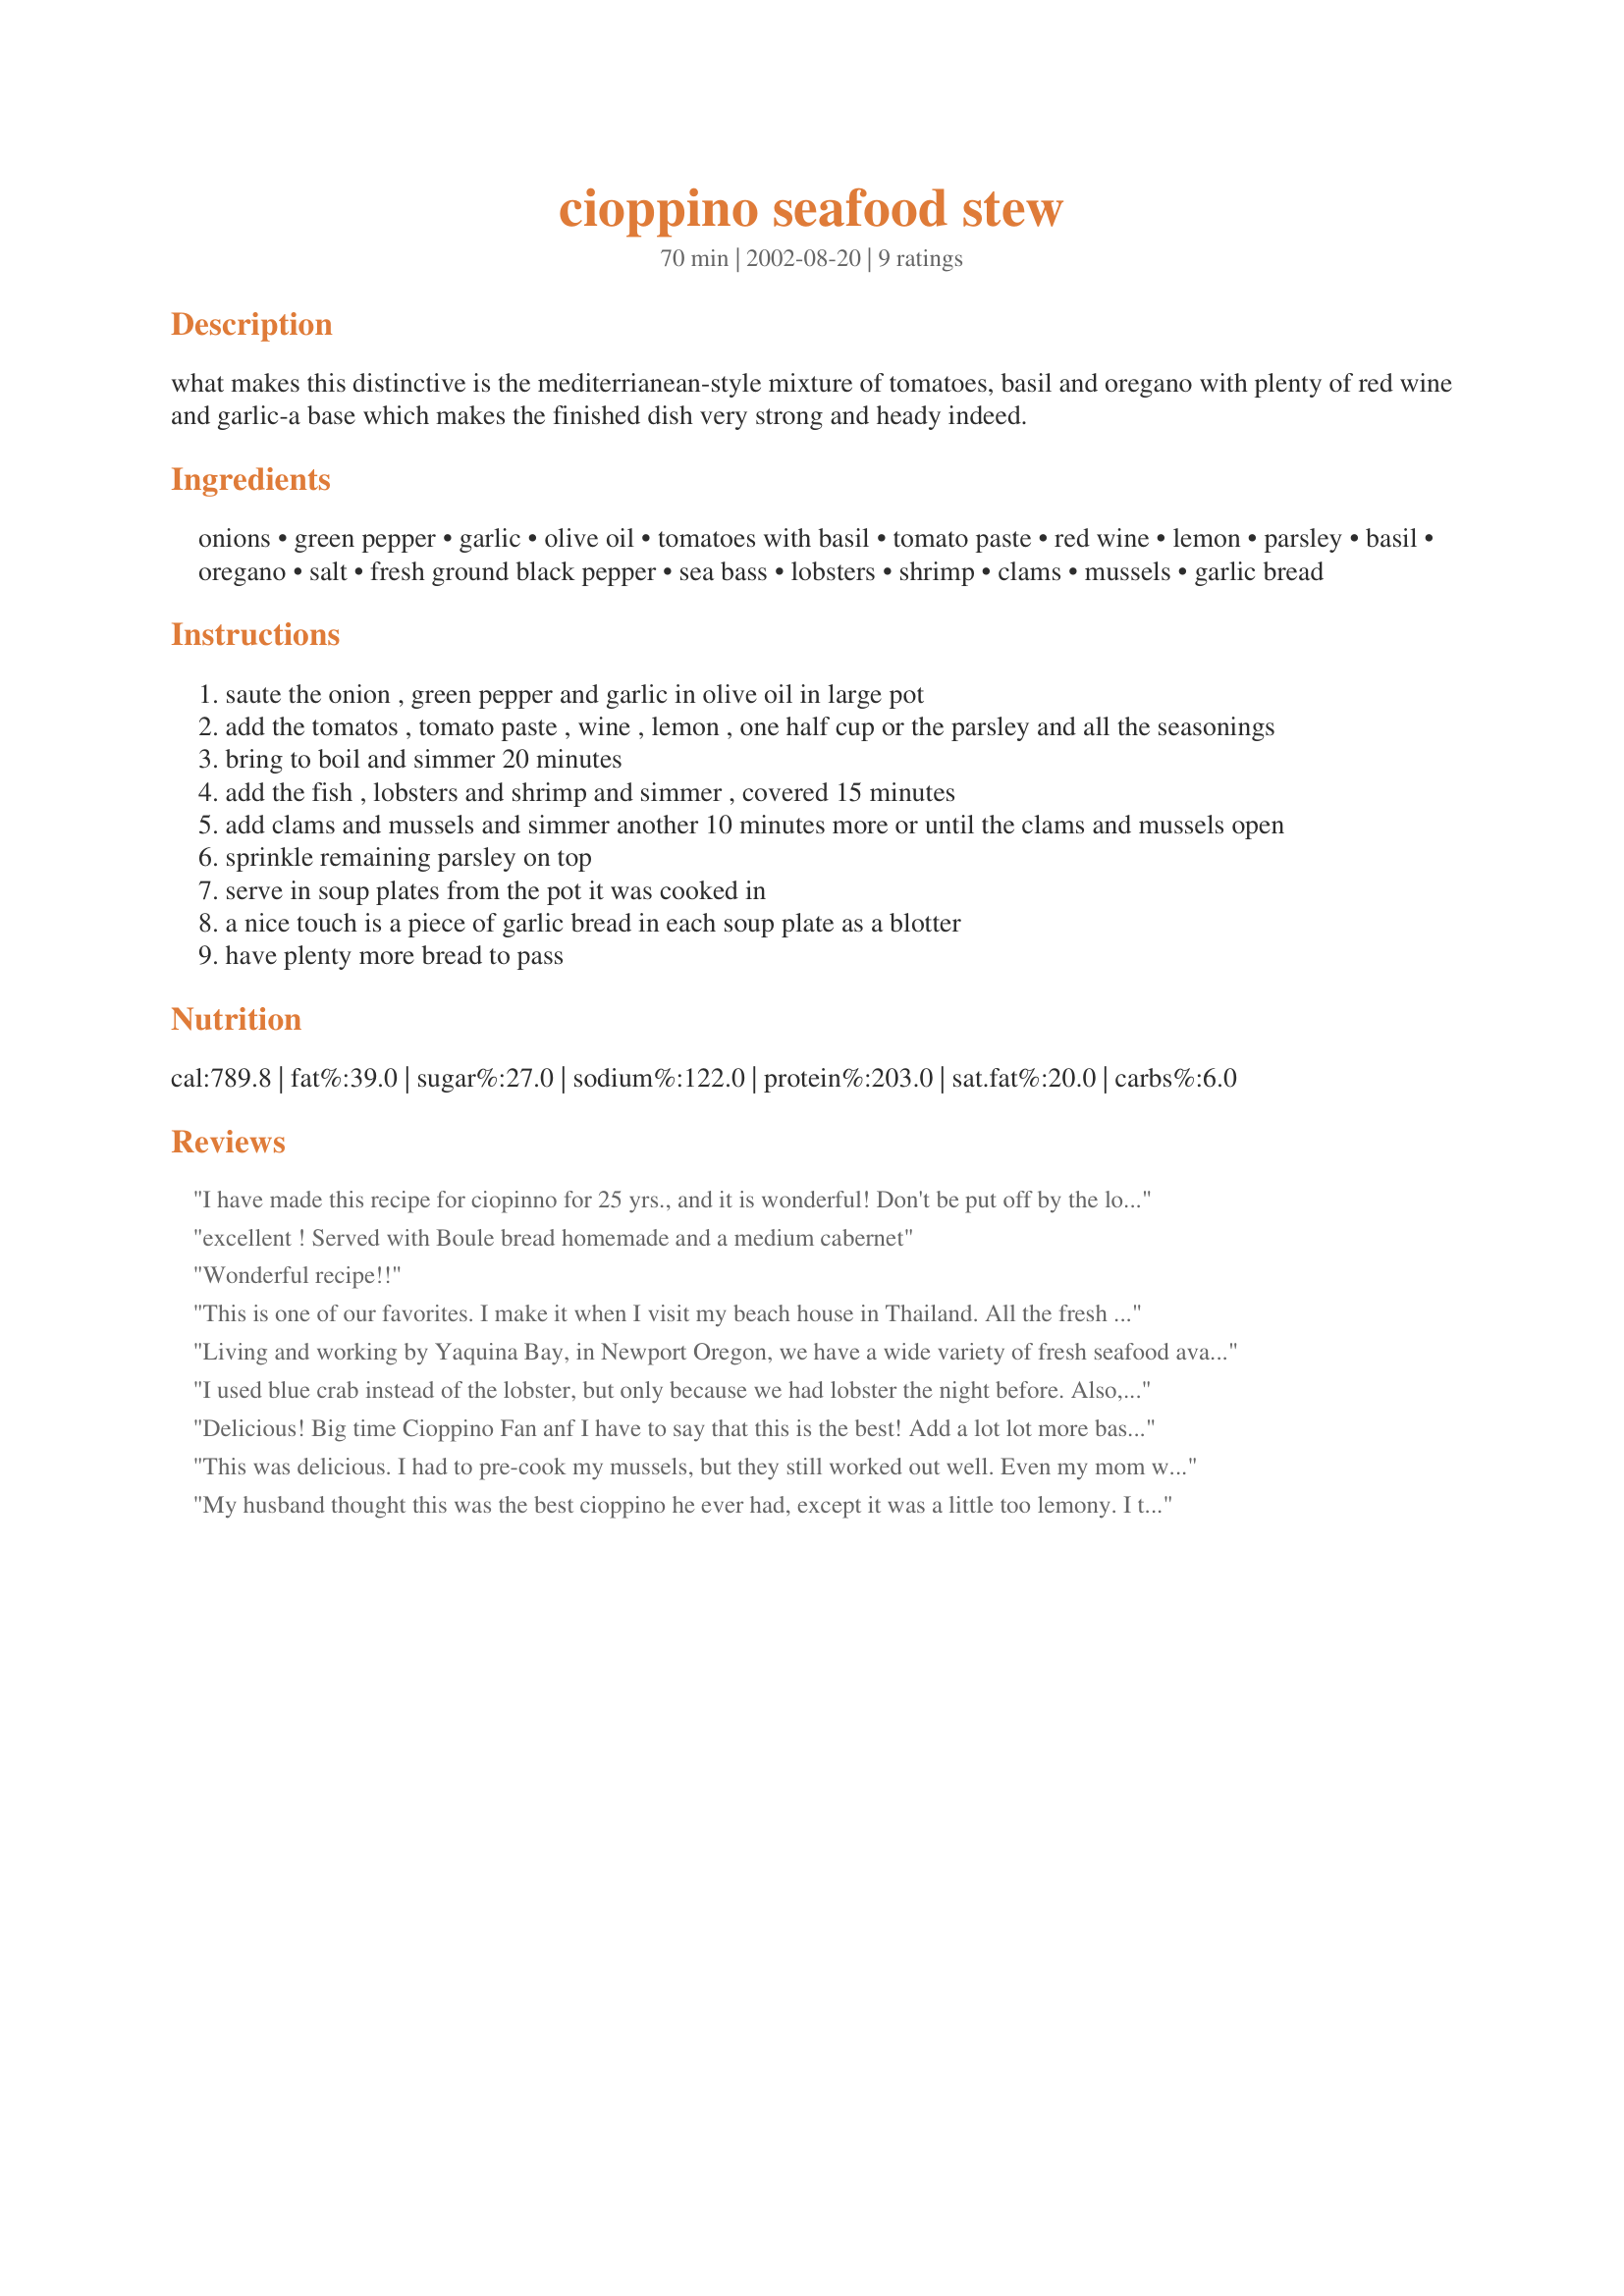
cioppino seafood stew
Preparation time: 70 minutes

what makes this distinctive is the mediterrianean-style mixture of tomatoes, basil and oregano with plenty of red wine and garlic-a base which makes the finished dish very strong and heady indeed.

Ingredients:
onions, green pepper, garlic, olive oil, tomatoes with basil, tomato paste, red wine, lemon, parsley, basil, oregano, salt, fresh ground black pepper, sea bass, lobsters, shrimp, clams, mussels, garlic bread

Steps:
saute the onion , green pepper and garlic in olive oil in large pot
add the tomatos , tomato paste , wine , lemon , one half cup or the parsley and all the seasonings
bring to boil and simmer 20 minutes
add the fish , lobsters and shrimp and simmer , covered 15 minutes
add clams and mussels and simmer another 10 minutes more or until the clams and mussels open
sprinkle remaining parsley on top
serve in soup plates from the pot it was cooked in
a nice touch is a piece of garlic bread in each soup plate as a blotter
have plenty more bread to pass

Reviews:
I have made this recipe for ciopinno for 25 yrs., and it is wonderful! Don't be put off by the lobster...the broth is great and stands on its own. I usually use swordfish or halibut, along with the recommended shellfish, but any addition won't disappoint, even some steamed redskins!
excellent ! Served with Boule bread homemade and a medium cabernet
Wonderful recipe!!
This is one of our favorites. I make it when I visit my beach house in Thailand. All the fresh ingredients are readily available in the wet market and it is easy to put together. We've add a few shakes of Tobasco sauce and spicy tomato sauce to give it just a bit more flavor. It gets better as left overs.
Living and working by Yaquina Bay, in Newport Oregon, we have a wide variety of fresh seafood available all year. I used steamed Halibut, left over from last night and freshly steamed clams and oysters, shucked because we didn&#039;t want to dig around with the shells. Served over a small bit of sticky rice, it was amazing. Definitely a dinner party recipe. Looking forward to Dungie season!
I used blue crab instead of the lobster, but only because we had lobster the night before. Also, did not use the tomato paste. My suggestion is not to under cut the seafood. Also, put the soup base on to simmer for a couple of hours before adding the seafood. Added additional water and didn't hurt the flavor in the least.
Delicious! Big time Cioppino Fan anf I have to say that this is the best! Add a lot lot more basil then called for and perfecto. ! But that is my taste, it is still magnifico!
This was delicious. I had to pre-cook my mussels, but they still worked out well. Even my mom who doesn't like fish enjoyed it.
My husband thought this was the best cioppino he ever had, except it was a little too lemony. I think a would squeeze a little bit of lemon juice rather than add the whole lemon. Other than that it was excellant!
